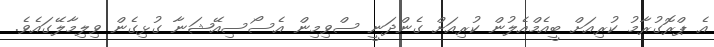
އެ ޕްރޮގުރާމު ކުރިއަށް ބީއެމްއެލުން ކުރިއަށް ގެންދަނީ ސްވިމިން އެސޯސިއޭޝަނާ ގުޅިގެން ވިލިމާލޭގައެވެ.